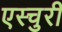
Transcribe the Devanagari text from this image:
एस्चुरी